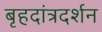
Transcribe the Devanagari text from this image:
बृहदांत्रदर्शन